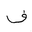
Letter: _fa